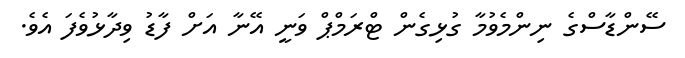
ސޭންޑާސްގެ ނިންމެވުމާ ގުޅިގެން ޓްރަމްޕް ވަނީ އޭނާ އަށް ފާޑު ވިދާޅުވެފަ އެވެ.